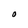
Character: O